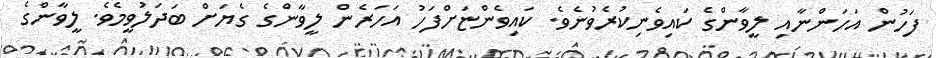
ފަހުން އަހަންނާއި ލީވާންގެ ކައިވެނިކުރެވުނެވެ. ކައިވެންޏަށްފަހު އަހަރެން ލީވާންގެ ގެޔަށް ބަދަލުވީމެވެ. ލީވާންގެ